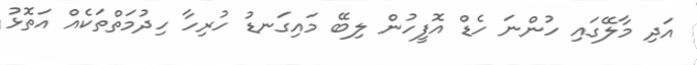
އަދި މާލޭގައި ހުންނަ ހެޑް އޮފީހުން ލިބޭ މައިގަނޑު ހުރިހާ ހިދުމަތްތަކެއް އަތޮޅު